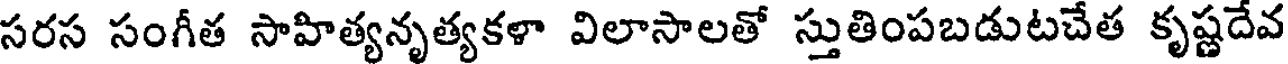
సరస సంగీత సాహిత్యనృత్యకళా విలాసాలతో స్తుతింపబడుటచేత కృష్ణదేవ